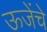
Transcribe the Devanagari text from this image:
ऊजेंचे